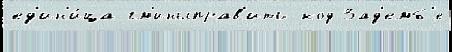
ед'ин'и́ца гм'иныправ'ить код Зад'емб'е